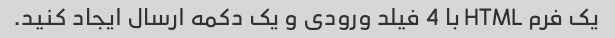
یک فرم HTML با 4 فیلد ورودی و یک دکمه ارسال ایجاد کنید.